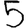
Digit: 5